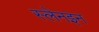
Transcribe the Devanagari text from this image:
स्लेनइन